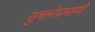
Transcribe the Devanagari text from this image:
सुचनेप्रमाणे